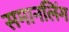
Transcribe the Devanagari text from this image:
समानलिंग